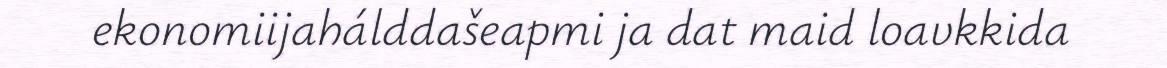
ekonomiijahálddašeapmi ja dat maid loavkkida